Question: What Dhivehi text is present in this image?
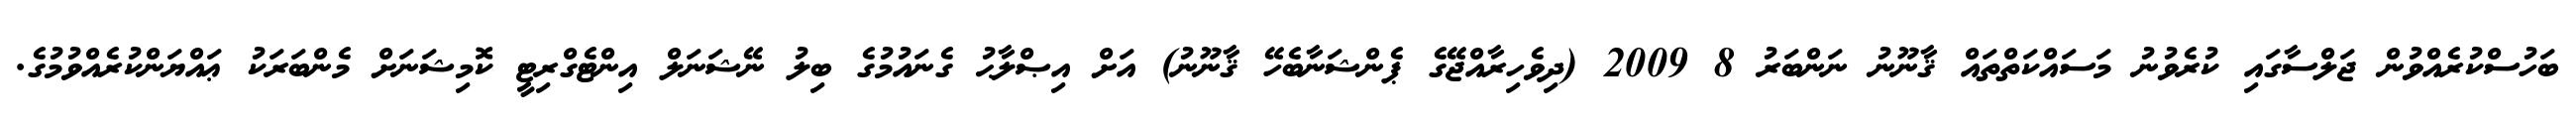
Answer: ބަހުސްކުރެއްވުން ޖަލްސާގައި ކުރެވުނު މަސައްކަތްތައް ޤާނޫނު ނަންބަރު 8 2009 (ދިވެހިރާއްޖޭގެ ޕެންޝަނާބެހޭ ޤާނޫނު) އަށް އިޞްލާޙު ގެނައުމުގެ ބިލު ނޭޝަނަލް އިންޓެގްރިޓީ ކޮމިޝަނަށް މެންބަރަކު ޢައްޔަންކުރެއްވުމުގެ.